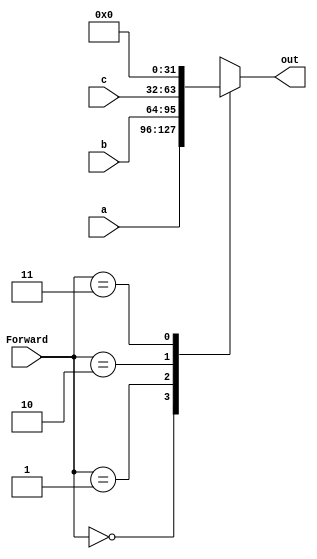
module Forward_Mux(
    a,
    b,
    c,
    Forward,
    out,
);

input [31:0] a;
input [31:0] b;
input [31:0] c;
input [1:0] Forward;

output [31:0] out;

reg [31:0] out;

initial
begin
    out <= 0;
end

always @(*)
begin
    case(Forward)
        2'b00: out <= a;
        2'b01: out <= b;
        2'b10: out <= c;
        2'b11: out <= 32'b0;
        default: out <= 32'b0;
    endcase
end

endmodule